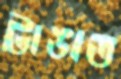
টাঙাত